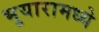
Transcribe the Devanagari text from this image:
भुयारामध्ये